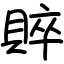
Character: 賥